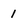
Character: 1